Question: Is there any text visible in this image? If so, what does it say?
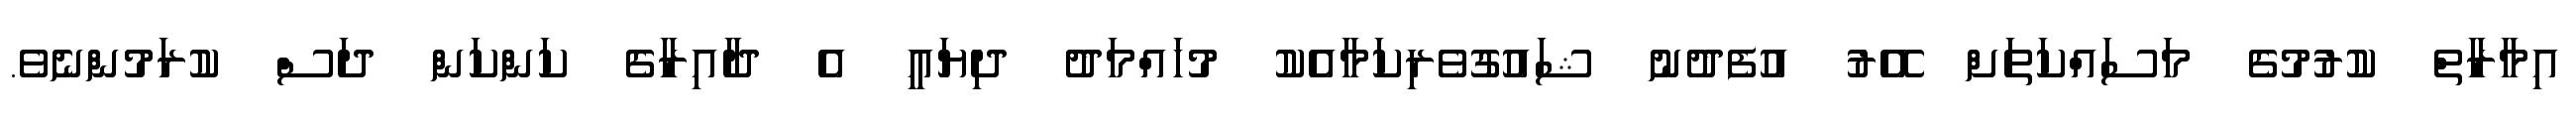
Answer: އިމާރާތް ކުރުމުގެ މަސައްކަތަށް އޭރު އުފެދުނު ޝައުގުވެރިކަމާއެކު މުހައްމަދު ދިޔައީ އެ ދާއިރާގެ ކަންކަން ދަސް ކުރަމުންނެވެ.